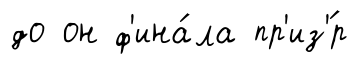
до он ф'ина́ла пр'из'́р